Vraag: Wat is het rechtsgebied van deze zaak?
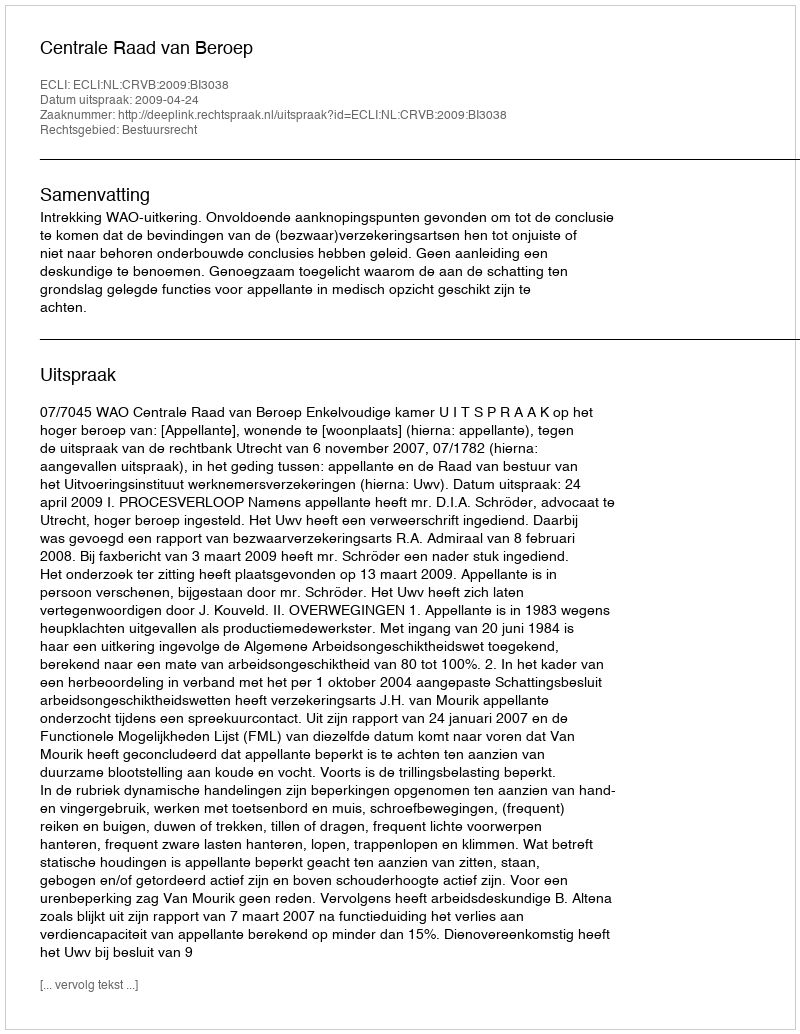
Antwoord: Bestuursrecht